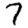
Digit: 7